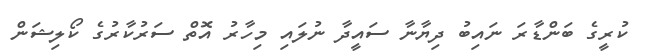
ކުރީގެ ބަންޑާރަ ނައިބު ދިޔާނާ ސައީދާ ނުލައި މިހާރު އޮތް ސަރުކާރުގެ ކޯލިޝަން